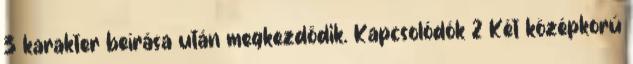
3 karakter beírása után megkezdődik. Kapcsolódók 2 Két középkorú